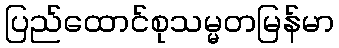
ပြည်ထောင်စုသမ္မတမြန်မာ